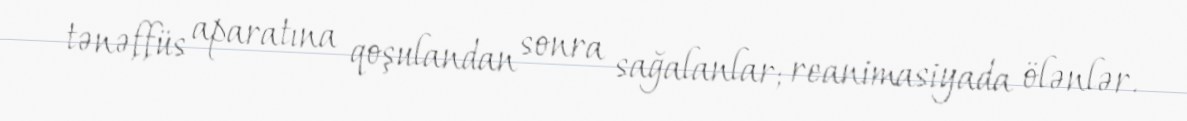
tənəffüs aparatına qoşulandan sonra sağalanlar; reanimasiyada ölənlər.